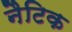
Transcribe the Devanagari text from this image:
नैटिक